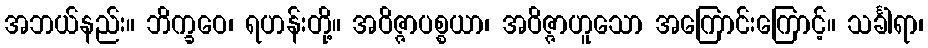
အဘယ်နည်း။ ဘိက္ခဝေ၊ ရဟန်းတို့။ အဝိဇ္ဇာပစ္စယာ၊ အဝိဇ္ဇာဟူသော အကြောင်းကြောင့်။ သင်္ခါရာ၊